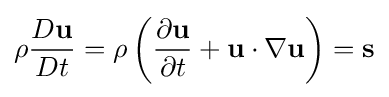
\rho {\frac {D\mathbf {u} }{Dt}}=\rho \left({\frac {\partial \mathbf {u} }{\partial t}}+\mathbf {u} \cdot \nabla \mathbf {u} \right)=\mathbf {s}